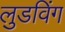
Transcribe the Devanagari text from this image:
लुडविंग